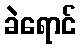
ခဲရောင်